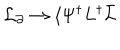
{ \cal L } _ { \partial } \rightarrow \langle \Psi ^ { \dagger } L ^ { \dagger } \bar { L }